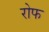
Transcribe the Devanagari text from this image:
रोफ